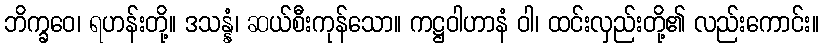
ဘိက္ခဝေ၊ ရဟန်းတို့။ ဒသန္နံ၊ ဆယ်စီးကုန်သော။ ကဋ္ဌဝါဟာနံ ဝါ၊ ထင်းလှည်းတို့၏ လည်းကောင်း။